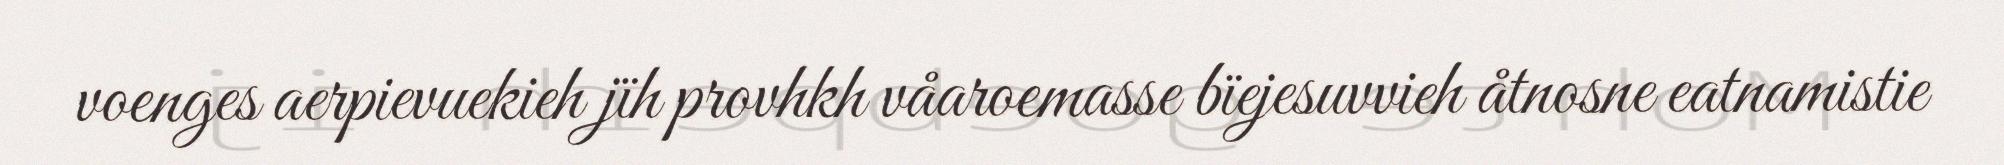
voenges aerpievuekieh jïh provhkh våaroemasse bïejesuvvieh åtnosne eatnamistie